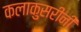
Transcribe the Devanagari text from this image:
कलाकुसरीनी